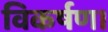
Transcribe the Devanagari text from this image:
विकर्षण।